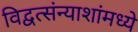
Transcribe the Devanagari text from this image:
विद्वत्संन्याशांमध्ये